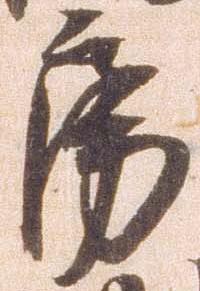
房